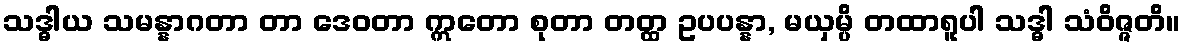
သဒ္ဓါယ သမန္နာဂတာ တာ ဒေဝတာ ဣတော စုတာ တတ္ထ ဥပပန္နာ, မယှမ္ပိ တထာရူပါ သဒ္ဓါ သံဝိဇ္ဇတိ။